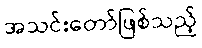
အသင်းတော်ဖြစ်သည့်